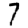
Digit: 7